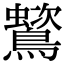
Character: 𪅵